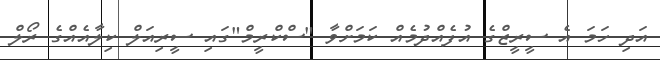
އަދި ހަމަ އެ ސީރީޒްގެ އުފެއްދުމެއް ކަމަށްވާ "ސްކްރީމް"ގައި ސީރިއަލް ކިލާއެއްގެ ރޯލް